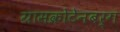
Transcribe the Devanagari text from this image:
ग्रासक्रोटेनबर्ग